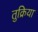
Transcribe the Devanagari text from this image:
तुक्रिया